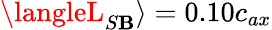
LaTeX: \langleL_{S\mathbf{B}}\rangle=0.10c_{ax}